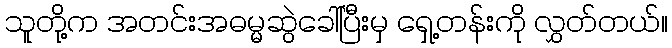
သူတို့က အတင်းအဓမ္မဆွဲခေါ်ပြီးမှ ရှေ့တန်းကို လွှတ်တယ်။